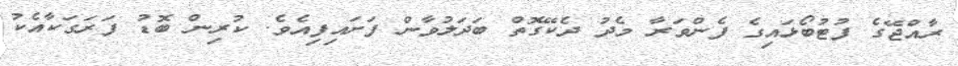
ރާއްޖޭގެ ފުޓުބޯޅައިގެ ފެންވަރާ މެދު ދެކޭގޮތް ބަދަލުވާން ފަށައިފިއެވެ. ކުރިން ބޮޑު ފަރަގަކާއެކު